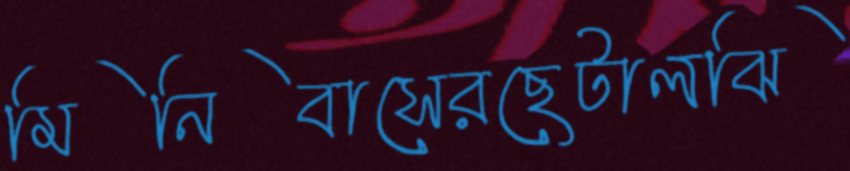
মিনিবাসেরছেটালঝি